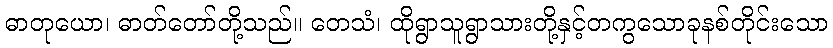
ဓာတုယော၊ ဓာတ်တော်တို့သည်။ တေသံ၊ ထိုရွာသူရွာသားတို့နှင့်တကွသောခုနစ်တိုင်းသော